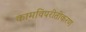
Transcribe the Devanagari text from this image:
कामविपरीतीकरण